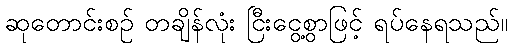
ဆုတောင်းစဉ် တချိန်လုံး ငြီးငွေ့စွာဖြင့် ရပ်နေရသည်။